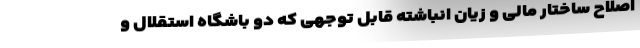
اصلاح ساختار مالی و زیان انباشته قابل توجهی که دو باشگاه استقلال و